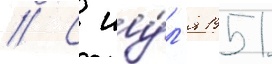
// С иу́л'я 1951